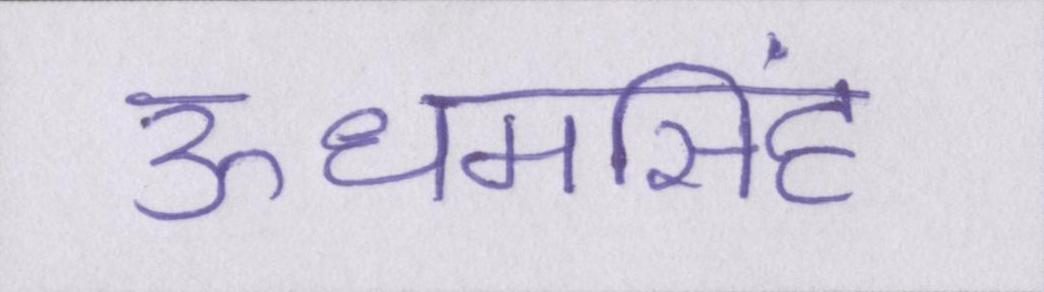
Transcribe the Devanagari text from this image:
ऊधमसिंह